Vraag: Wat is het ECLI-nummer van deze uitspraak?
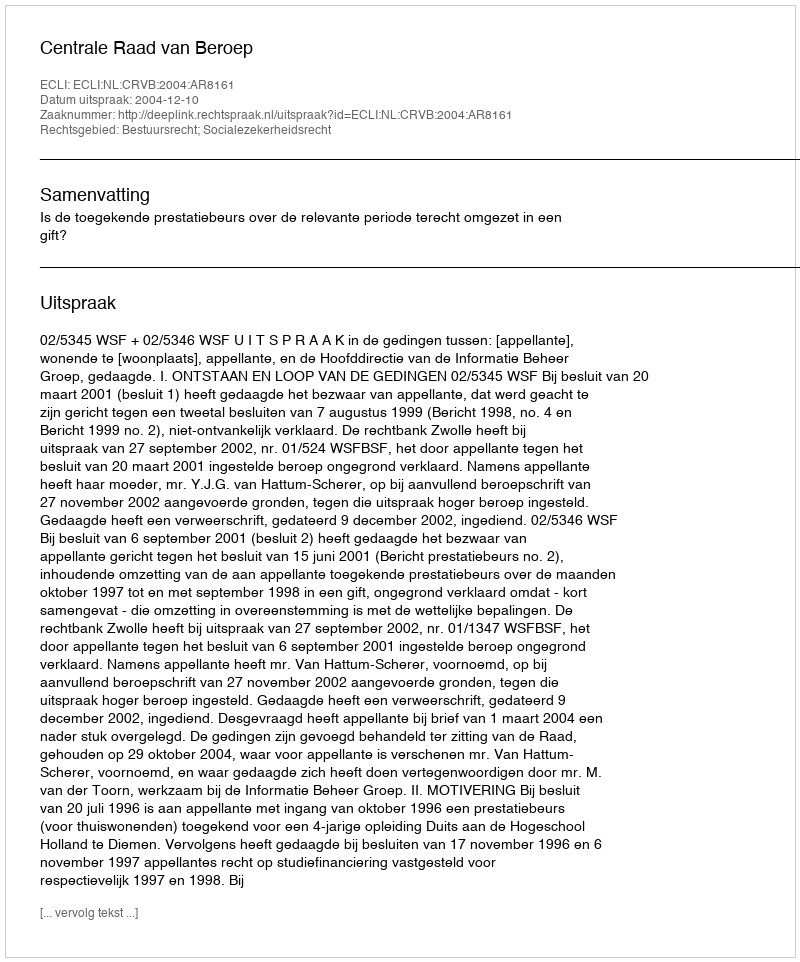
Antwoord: ECLI:NL:CRVB:2004:AR8161